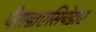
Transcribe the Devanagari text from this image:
पैराडाएसियेडाए